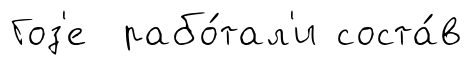
Гоз'е рабо́тал'и соста́в